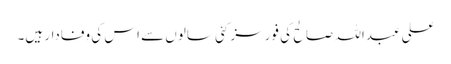
علی عبداللہ صالح کی فورسز کئی سالوں سے اس کی وفادار ہیں۔